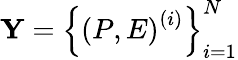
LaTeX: \mathbf{Y}=\left\{ \left(P,E\right)^{(i)}\right\} _{i=1}^{N}